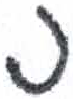
אות: כ